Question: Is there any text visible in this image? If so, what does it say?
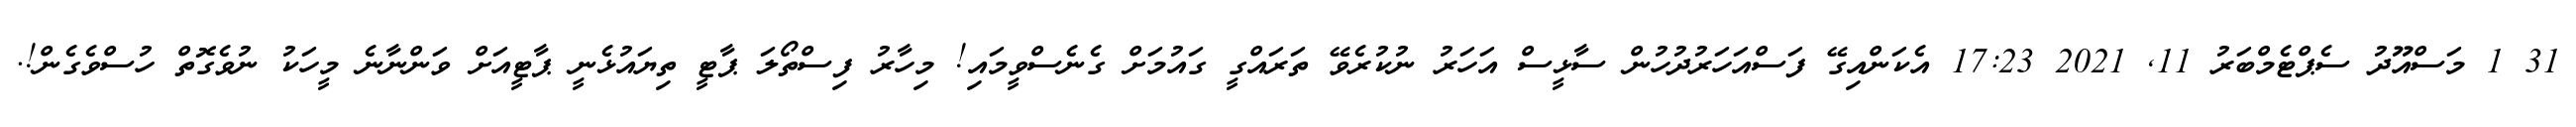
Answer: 31 1 މަސްއޫދު ސެޕްޓެމްބަރު 11, 2021 17:23 އެކަންއިގޭ ފަސްއަހަރުދުހުން ސާޅީސް އަހަރު ނުކުރެވޭ ތަރައްގީ ގައުމަށް ގެނެސްވީމައި! މިހާރު ފިސްތޯލަ ޕާޓީ ތިޔައުޅެނީ ޕާޓީއަށް ވަންނާނެ މީހަކު ނުވެގޮތް ހުސްވެގެން!.